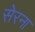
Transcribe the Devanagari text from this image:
सेरना